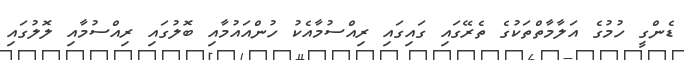
ޑެންގީ ހުމުގެ އަލާމާތްތަކުގެ ތެރޭގައި ގައިގައި ރިއްސުމާއެކު ހުންއައުމާއި ބޮލުގައި ރިއްސުމާއި ލޮލުގައި